Source: Handwritten
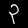
Digit: ၃ (3)